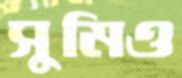
সুমিও